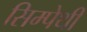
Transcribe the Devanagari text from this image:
सिम्पेथी